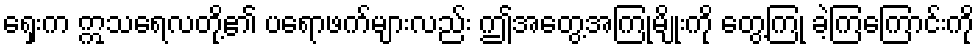
ရှေးက ဣသရေလတို့၏ ပရောဖက်များလည်း ဤအတွေ့အကြုံမျိုးကို တွေ့ကြုံ ခဲ့ကြကြောင်းကို